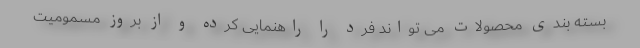
بسته بندی محصولات می تواند فرد را راهنمایی کرده و از بروز مسمومیت